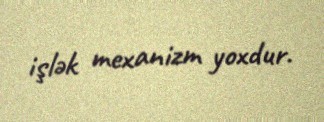
işlək mexanizm yoxdur.